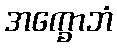
အက္ခောဘံ